Civil Veterinary Department Bihar reports 1936-40 - 1936-1940
Year: 1936
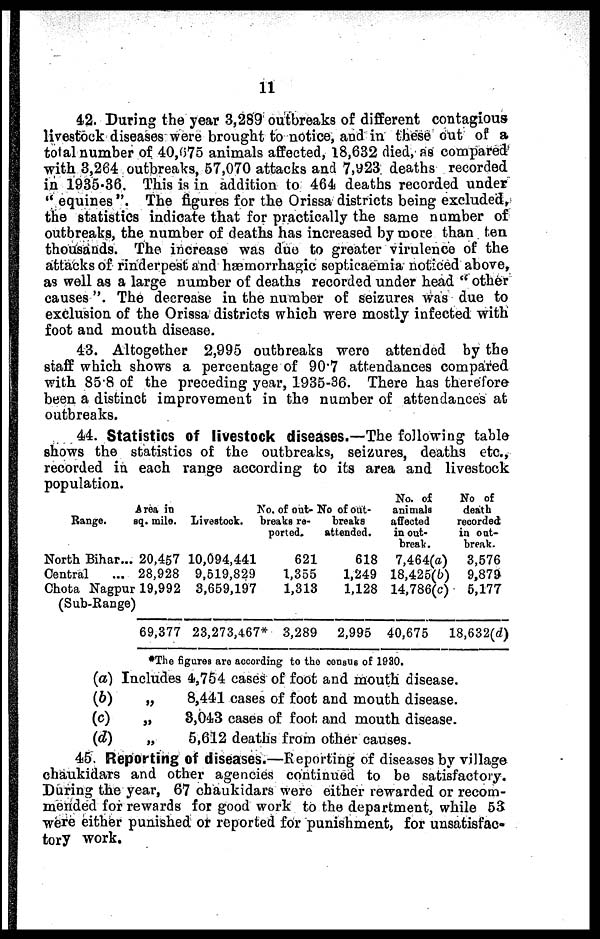
11
42. During the year 3,289 outbreaks of different contagious
livestock diseases were brought to notice, and in these out of a
total number of 40,075 animals affected, 18,632 died, as compared
with 3,264 outbreaks, 57,070 attacks and 7,923 deaths recorded
in 1935.36. This is in addition to 464 deaths recorded under
"equines". The figures for the Orissa districts being excluded,
the statistics indicate that for practically the same number of
outbreaks, the number of deaths has increased by more than ten
thousands. The increase was due to greater virulence of the
attacks of rinderpest and hæmorrhagic septicæmia noticed above,
as well as a large number of deaths recorded under head "other
causes". The decrease in the number of seizures was due to
exclusion of the Orissa districts which were mostly infected with
foot and mouth disease.
43. Altogether 2,995 outbreaks were attended by the
staff which shows a percentage of 90.7 attendances compared
with 858 of the preceding year, 1935-36. There has therefore
been a distinct improvement in the number of attendances at
outbreaks.
44. Statistics of livestock diseases.—The following table
shows the statistics of the outbreaks, seizures, deaths etc.,
recorded in each range according to its area and livestock
population.
Area in
Range. sq. mile.
North Bihar... 20,457
Central
... 28,928
Chota Nagpur 19,992
(Sub-Range)
69,377
Livestock.
10,094,441
9,519,829
3,659,197
23,273,467*
No. of out-
breaks re-
ported.
621
1,355
1,313
3,289
No of out-
breaks
attended.
618
1,249
1,128
2,995
No. of
animals
affected
in out-
break.
7,464(a)
18,425(b)
14,786(c)
40,675
No of
death
recorded
in out-
break.
3,576
9,879
5,177
18,632(d)
The figures are according to the census of 1930.
(a)
(b)
(c)
(d)
Includes 4,754 cases of foot and mouth disease.
„
8,441 cases of foot and mouth disease.
„
3,043 cases of foot and mouth disease.
„
5,612 deaths from other causes.
45. Reporting of diseases.—Reporting of diseases by village
chaukidars and other agencies continued to be satisfactory.
During the year, 67 chaukidars were either rewarded or recom-
mended for rewards for good work to the department, while 53
were either punished or reported for punishment, for unsatisfac-
tory work.